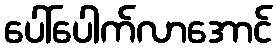
ပေါ်ပေါက်လာအောင်